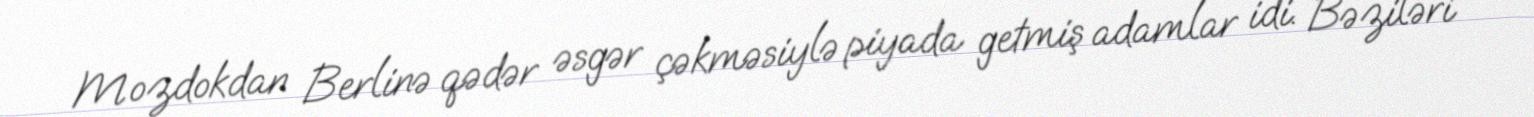
Mozdokdan Berlinə qədər əsgər çəkməsiylə piyada getmiş adamlar idi. Bəziləri